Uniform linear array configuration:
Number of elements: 16
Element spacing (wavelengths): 0.25
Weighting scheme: hamming
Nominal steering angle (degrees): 0
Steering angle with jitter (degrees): -1.133
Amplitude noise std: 0.05
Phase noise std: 0.05

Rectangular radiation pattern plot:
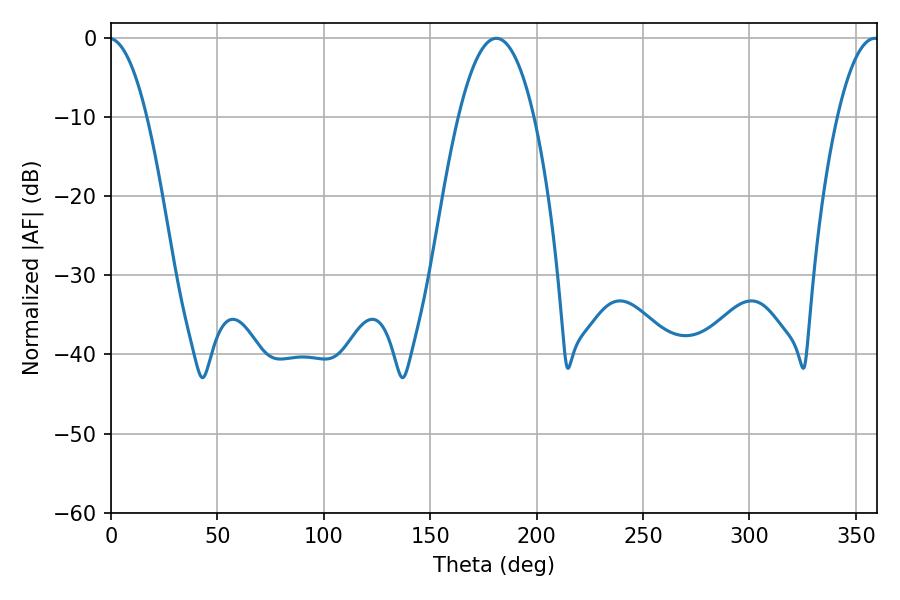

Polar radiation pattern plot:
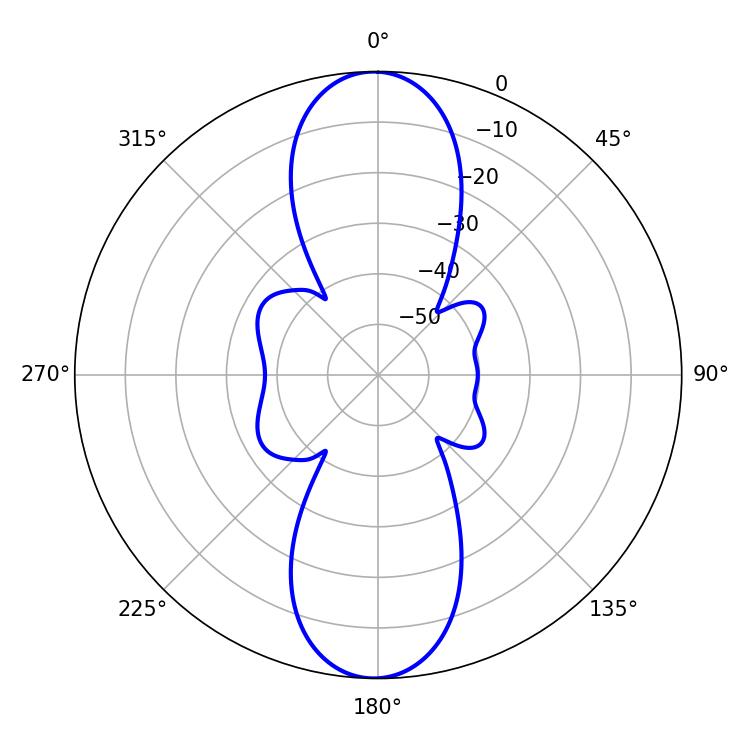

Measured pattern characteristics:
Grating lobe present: FALSE
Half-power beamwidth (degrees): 19.62
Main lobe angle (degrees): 181.08